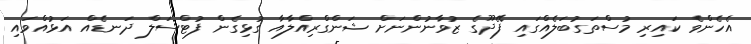
އެހެންވެ ކައިރި މުސްތަގުބަލެއްގައި ފޭދޫގެ ޒުވާނުންނަށް ޝަންގްރިއްލާއާ ގުޅިގެން ފުޓްސަލް ދަނޑެއް އަޅުއްވައި